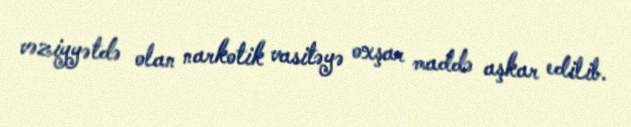
vəziyyətdə olan narkotik vasitəyə oxşar maddə aşkar edilib.